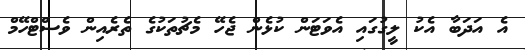
އެ އަދަބާ އެކު ލީގުގައި އެވަޓަން ކުޅެން ޖެހޭ މެޗުތަކުގެ ތެރެއިން ވެސްޓްހޭމް